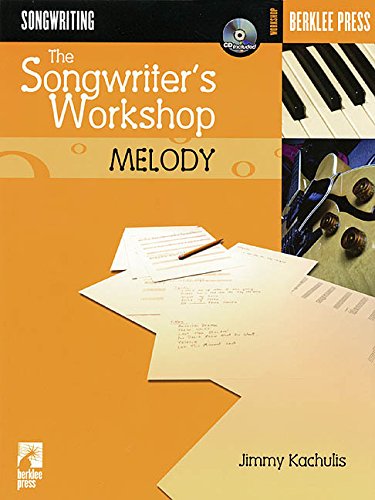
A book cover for The Songwriter's Workshop: Melody (Berklee Press); Jimmy Kachulis; Arts & Photography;